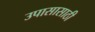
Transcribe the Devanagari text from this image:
उपासासाठी